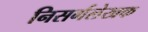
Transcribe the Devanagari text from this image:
निसर्गलेखक